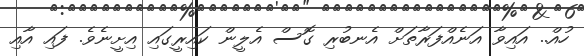
ހުއް.. އައިވާ އަނެއްފަރާތަށް އެނބުރި ގޮސް އެލީން ކައިރީގައި އިށީނެވެ. ފައި އާއި